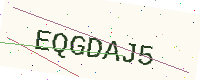
Text: EQGDAJ5